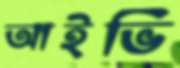
আইভি